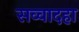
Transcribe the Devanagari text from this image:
सव्वादहा